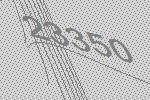
23350